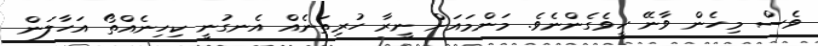
ވެސް މިހެން ވާނޭ ހީވެގެންނެވެ. މަންމައަށް ނީރާ ހުރިތަނެއް އެނގުނީ ކިހިނެއްތޯ އަހާލަން